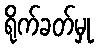
ရိုက်ခတ်မှု